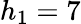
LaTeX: h_{1}=7